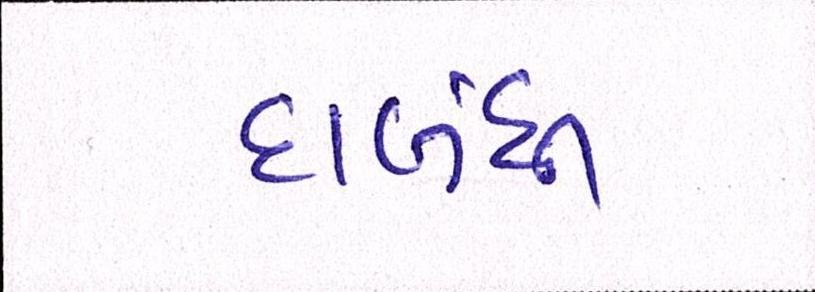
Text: દાબંધી